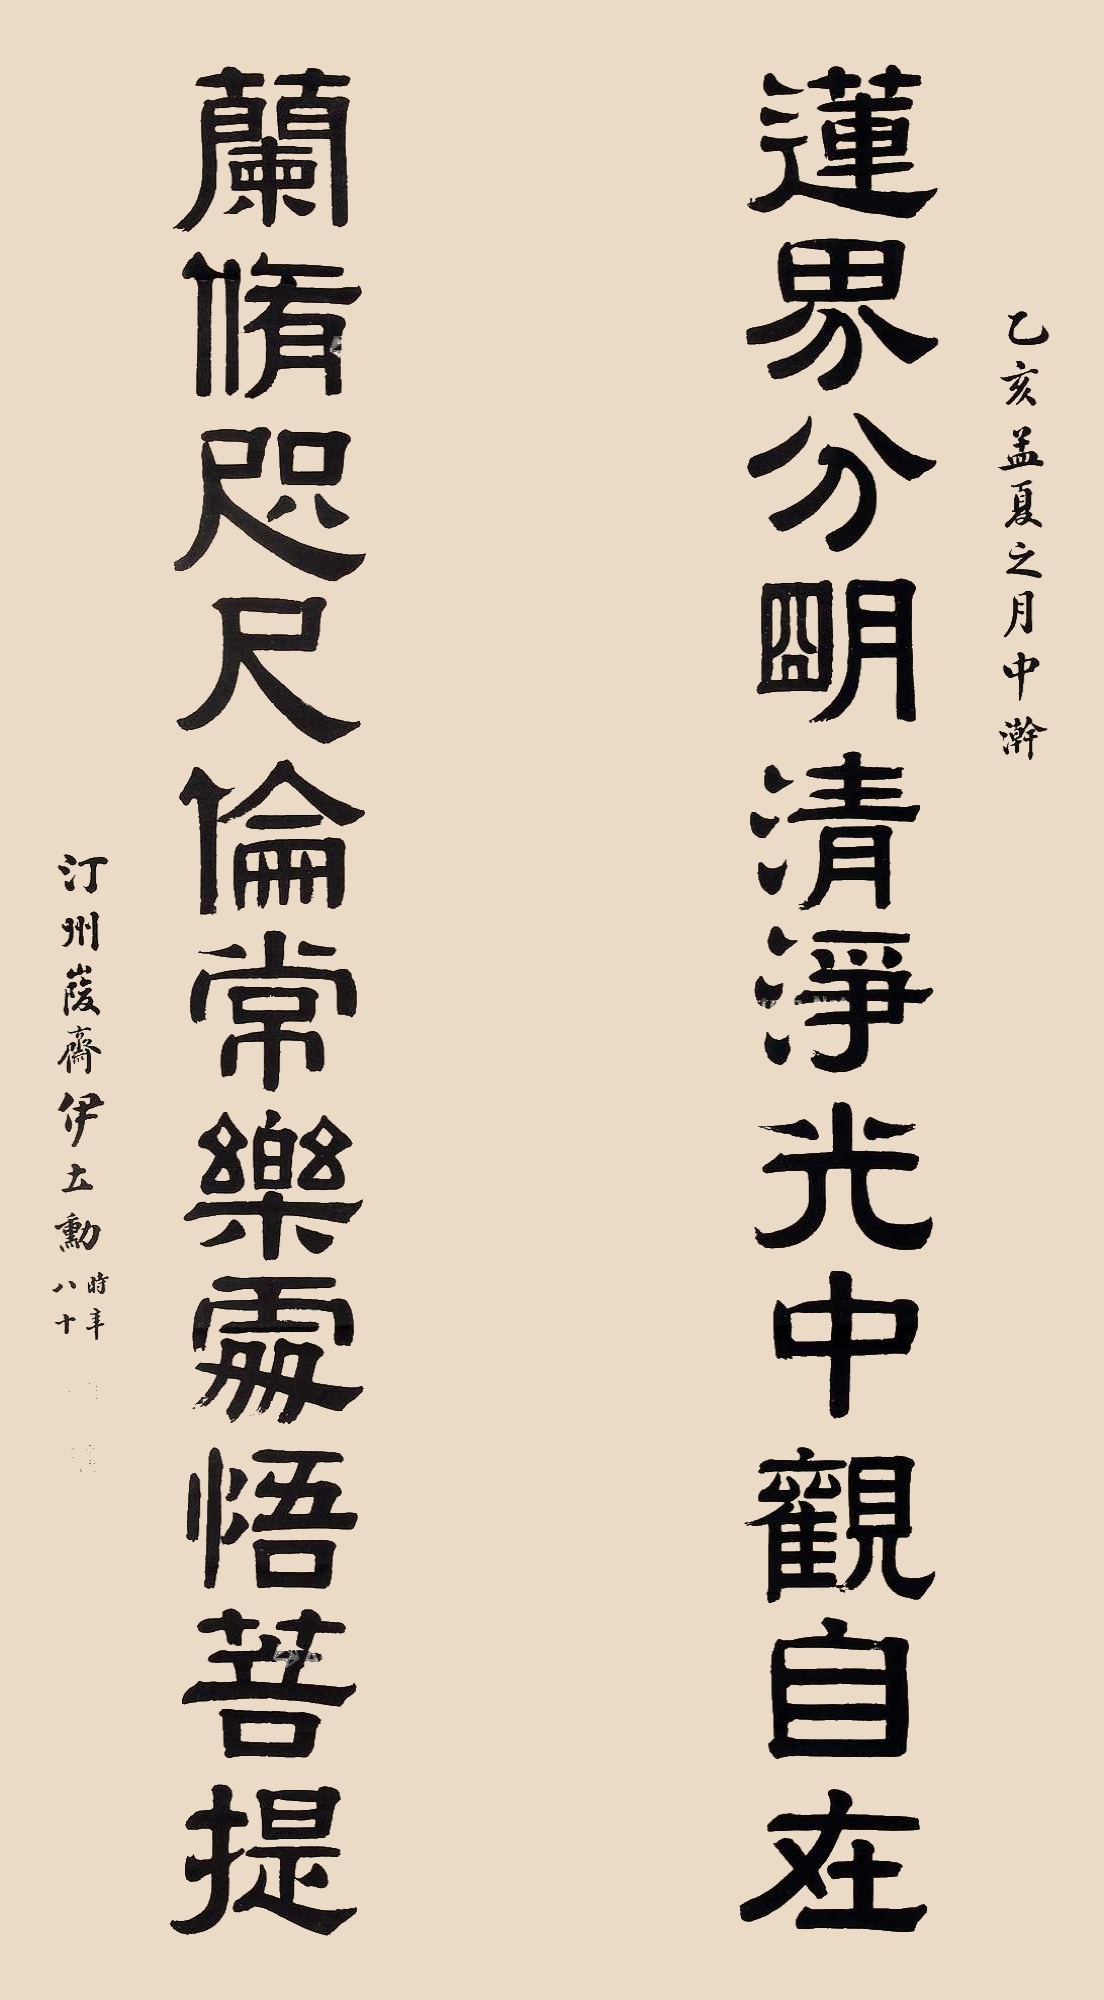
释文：莲界分明清净光中观自在，兰修咫尺伦常乐处悟菩提。乙亥孟夏之月中澣，汀州峻斋伊立勋时年八十。